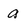
Character: q